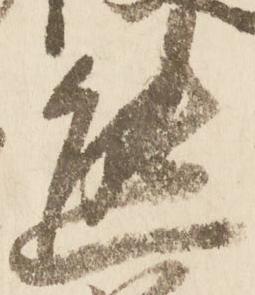
熊